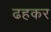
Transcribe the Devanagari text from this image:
ढहकर